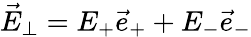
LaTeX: \vec{E}_{\perp}=E_{+}\vec{e}_{+}+E_{-}\vec{e}_{-}